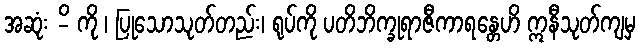
အဆုံး -ိ ကို ၊ ပြုသောသုတ်တည်း၊ ရုပ်ကို ပတိဘိက္ခုရာဇီကာရန္တေဟိ ဣနီသုတ်ကျမှ